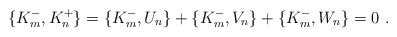
\begin{align*}\{ K^-_m , K^+_n \} = \{ K^-_m , U_n \} + \{ K^-_m , V_n \} + \{ K^-_m , W_n \} = 0 \ .\end{align*}